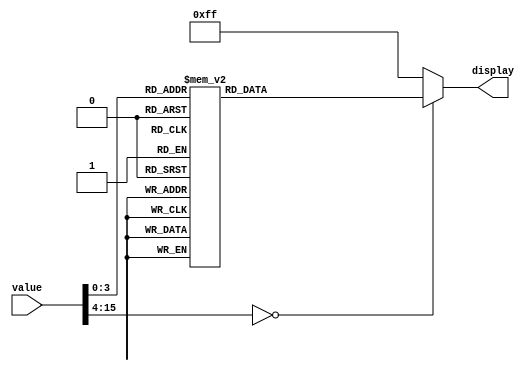
module seven_segment_display
(
	value,
	display
);

	input [15:0] value;
	output reg [7:0] display;
	
	always @(value) begin
		case (value)
			//					   0123 456.
			0:	display <=	8'b1100_0000;
			1:	display <=	8'b1111_1001;
			2: display <=  8'b1010_0100;
			3: display <=  8'b1011_0000;
			4: display <=  8'b1001_1001;
			5: display <=  8'b1001_0010;
			6: display <=  8'b1000_0010;
			7: display <=  8'b1111_1000;
			8: display <=  8'b1000_0000;
			9: display <=  8'b1001_0000;
			default: display <= 8'b1111_1111;
		endcase
	end

endmodule